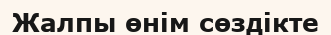
Жалпы өнім сөздікте